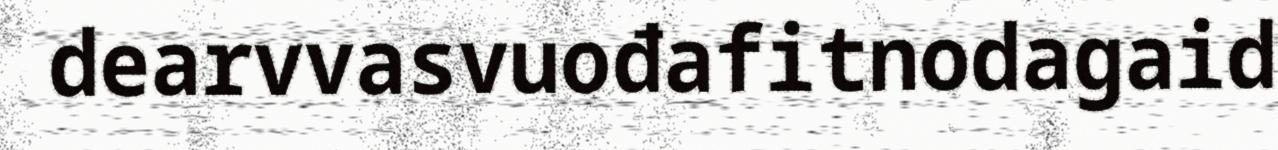
dearvvasvuođafitnodagaid